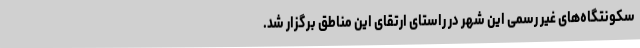
سکونتگاه‌های غیر رسمی این شهر در راستای ارتقای این مناطق برگزار شد.